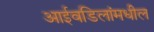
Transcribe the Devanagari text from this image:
आईवडिलांमधील